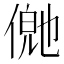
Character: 𬿊